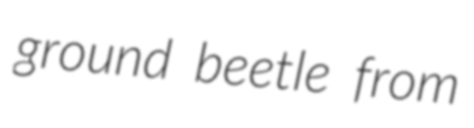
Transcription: ground beetle from